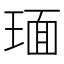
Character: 𬍵